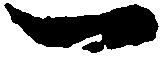
一